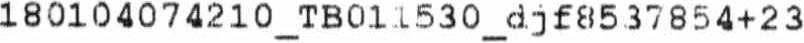
180104074210_TB011530_DJF8537854+23